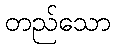
တည်သော